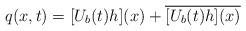
LaTeX: \begin{align*}q(x,t)= [U_b(t)h](x)+\overline{[U_b(t)h](x)}\end{align*}